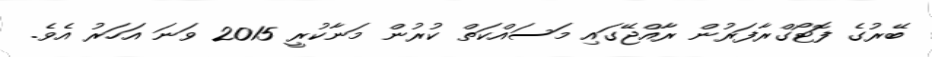
ބޭރުގެ ފޮޓޯގްރާފަރުން ރާއްޖޭގައި މަސައްކަތް ކުރުން މަނާކުރީ 2015 ވަނަ އަހަރު އެވެ.